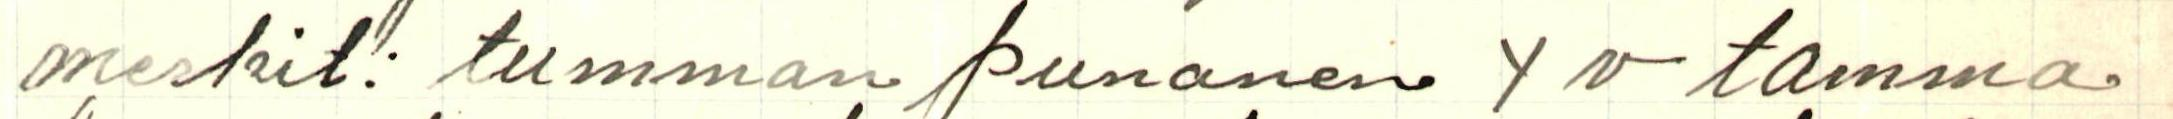
merkit: tumman punanen 4 v tamma